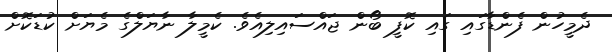
ދެމީހުން ފެންޑާގައި ގައި ކޮފީ ބޯން ޖައްސައިލިއެވެ. ކެމީލާ ނާޔަލްގެ މެޔަށް ކުޑަކޮށް